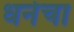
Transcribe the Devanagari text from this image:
धनेचा